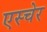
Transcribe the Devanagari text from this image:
एस्चेर